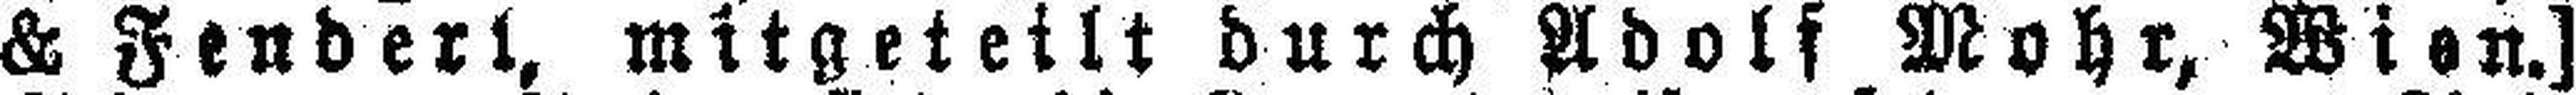
& Fenders, mitgeteilt durch Adolf Mohr, Wien.]